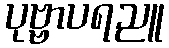
ပုဗ္ဗာပရညူ